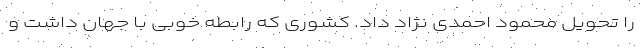
را تحویل محمود احمدی نژاد داد. کشوری که رابطه خوبی با جهان داشت و